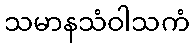
သမာနသံဝါသကံ